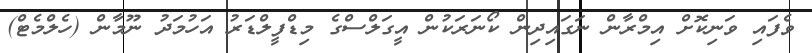
ވެފައި ވަނިކޮށް އިމްރާން ނަގައިދިން ކޯނަރަކުން އީގަލްސްގެ މިޑްފީލްޑަރު އަހުމަދު ނޫމާން (ހެލްމެޓް)